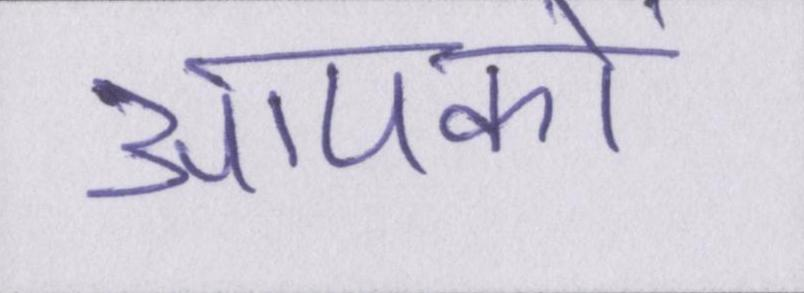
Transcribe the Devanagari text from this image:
आपकों